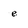
Character: e